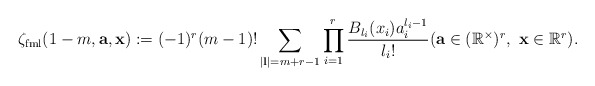
\begin{align*} \zeta_{\mathrm{fml}}(1-m,\mathbf a,\mathbf x):=(-1)^r(m-1)!\sum_{|\mathbf l|=m+r-1} \prod_{i=1}^r \frac{B_{l_i}(x_i)a_i^{l_i-1}}{l_i!}(\mathbf a \in (\mathbb R^\times)^r,\ \mathbf x \in \mathbb R^r).\end{align*}